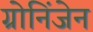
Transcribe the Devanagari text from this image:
ग्रोनिंजेन